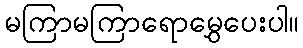
မကြာမကြာရောမွှေပေးပါ။